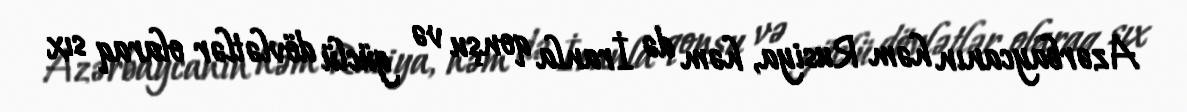
Azərbaycanın həm Rusiya, həm də İranla qonşu və güclü dövlətlər olaraq sıx